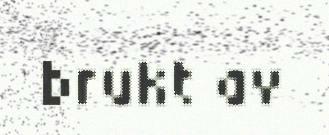
brukt av